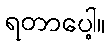
ရတာပေါ့။